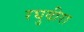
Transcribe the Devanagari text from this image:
रघुवीरा